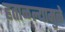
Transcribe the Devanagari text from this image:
हताळल्यामुळे